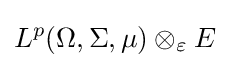
L^{p}(\Omega ,\Sigma ,\mu )\otimes _{\varepsilon }E